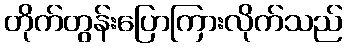
တိုက်တွန်းပြောကြားလိုက်သည်